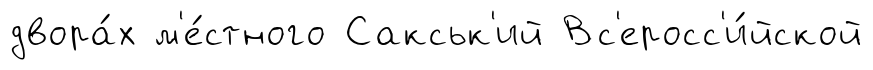
двора́х м'е́стного Сакськ'ий Вс'еросс'и́йской